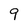
Character: 9